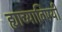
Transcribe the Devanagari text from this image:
ह्याच्याविषयी